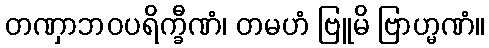
တဏှာဘဝပရိက္ခီဏံ၊ တမဟံ ဗြူမိ ဗြာဟ္မဏံ။